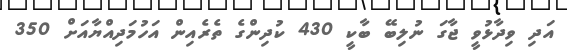
އަދި ވިދާޅުވީ ޖާގަ ނުލިބޭ ބާކީ 430 ކުދިންގެ ތެރެއިން އަހުމަދިއްޔާއަށް 350